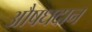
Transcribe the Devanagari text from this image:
औषधदान